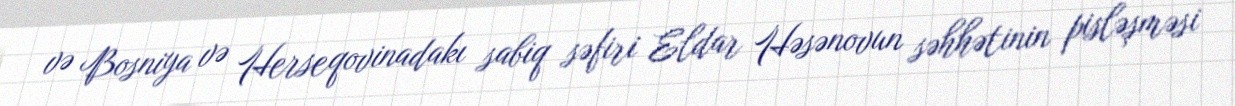
və Bosniya və Herseqovinadakı sabiq səfiri Eldar Həsənovun səhhətinin pisləşməsi